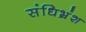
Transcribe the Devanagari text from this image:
संधिभ्रंश